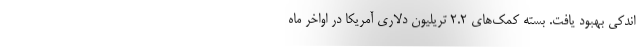
اندکی بهبود یافت. بسته کمک‌های 2.2 تریلیون دلاری آمریکا در اواخر ماه